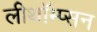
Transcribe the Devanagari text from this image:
लीथॉम्प्सन